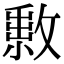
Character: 𢿔